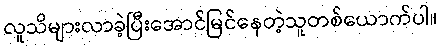
လူသိများလာခဲ့ပြီးအောင်မြင်နေတဲ့သူတစ်ယောက်ပါ။